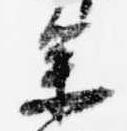
参